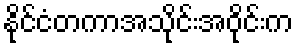
နိုင်ငံတကာအသိုင်းအဝိုင်းက